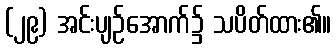
(၂၉) အင်းပျဉ်အောက်၌ သပိတ်ထား၏။